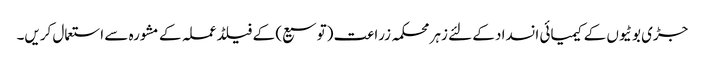
جڑی بوٹیوں کے کیمیائی انسداد کے لئے زہر محکمہ زراعت (توسیع) کے فیلڈ عملہ کے مشورہ سے استعمال کریں۔